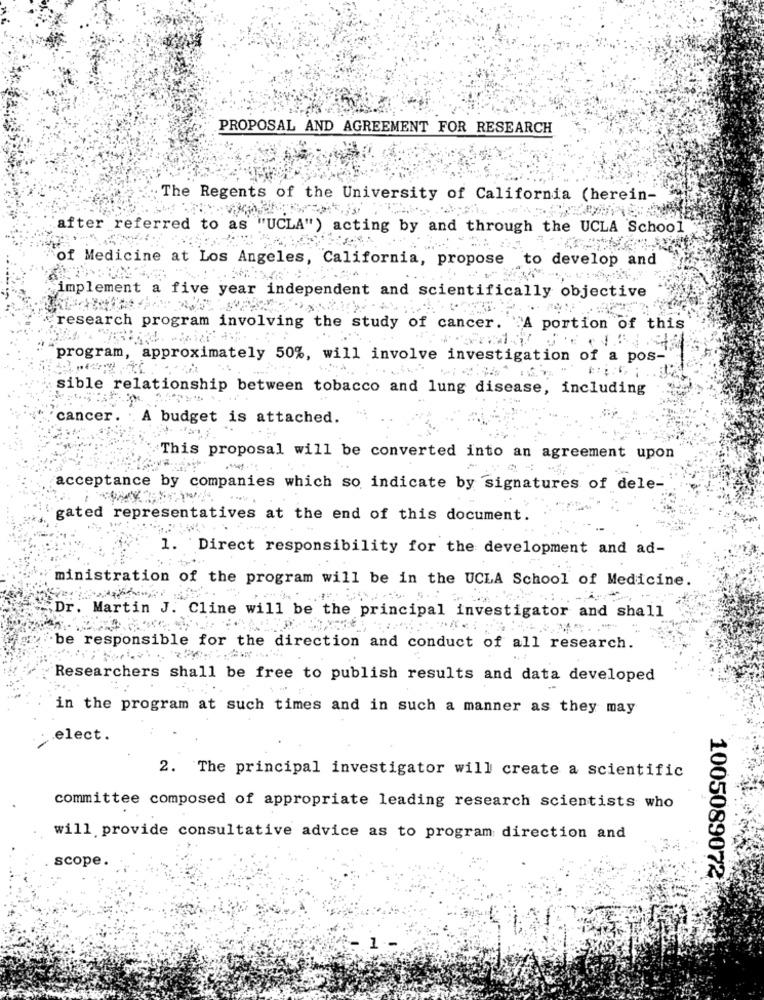
PROPOSAL AND AGREEMENT FOR RESEARCH
The Regents of the University of California (herein-
after referred to as ""UCLA") acting by and through the UCLA School
of Medicine at Los Angeles, California, propose
to develop and
implement a five year independent and scientifically objective
research program involving the study of cancer.
"A portion of this
program, approximately 50%, will involve investigation of a pos-
sible relationship between tobacco and lung disease, including
cancer.
A budget is attached.
Vã
This proposal will be converted into an agreement upon
acceptance by companies which so indicate by signatures of dele-
gated representatives at the end of this document.
1.
Direct responsibility for the development and ad-
ministration of the program will be in the UCLA School of Medicine.
,Dr. Martin J. Cline will be the principal investigator and shall
be responsible for the direction and conduct of all research.
Researchers shall be free to publish results and data developed
in the program at such times and in such a manner as they may
elect.
2. The principal investigator will create a scientific
committee composed of appropriate leading research scientists who
will provide consultative advice as to program direction and
scope.
1005089072